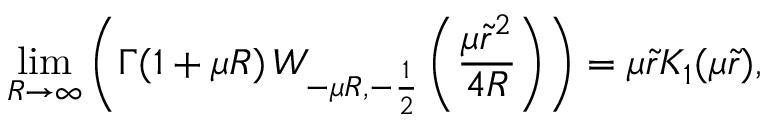
\operatorname * { l i m } _ { R \rightarrow \infty } \left( \Gamma ( 1 + \mu R ) \, W _ { - \mu R , - \frac { 1 } { 2 } } \left( \frac { \mu \tilde { r } ^ { 2 } } { 4 R } \right) \right) = \mu \tilde { r } K _ { 1 } ( \mu \tilde { r } ) ,